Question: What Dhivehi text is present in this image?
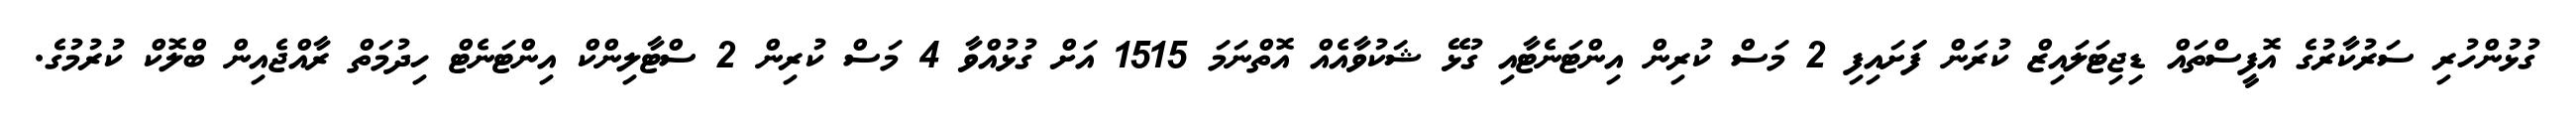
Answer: ގުޅުންހުރި ސަރުކާރުގެ އޮފީސްތައް ޑިޖިޓަލައިޒް ކުރަން ފަަށައިފި 2 މަސް ކުރިން އިންޓަނެޓާއި ގުޅޭ ޝަކުވާއެއް އޮތްނަމަ 1515 އަށް ގުޅުއްވާ 4 މަސް ކުރިން 2 ސްޓާލިންކް އިންޓަނެޓް ހިދުމަތް ރާއްޖެއިން ބްލޮކް ކުރުމުގެ.